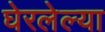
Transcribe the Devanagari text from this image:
घेरलेल्या